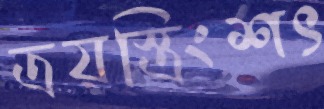
ত্রয়স্ত্রিংশৎ